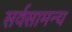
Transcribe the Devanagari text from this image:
सर्वसामन्य